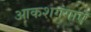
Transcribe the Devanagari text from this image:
आकशगंगाएँ